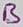
Text: B